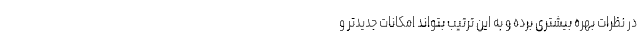
در نظرات بهره بیشتری برده و به این ترتیب بتواند امکانات جدیدتر و